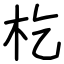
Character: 杚